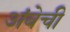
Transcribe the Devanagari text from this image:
अंबेची